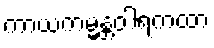
ကာယကမ္မန္တဝါရကထာ